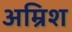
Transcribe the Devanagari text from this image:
अम्रिश